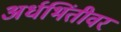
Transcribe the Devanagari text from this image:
अर्धभिंतीवर